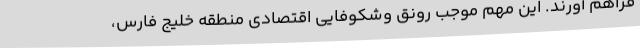
فراهم آورند. این مهم موجب رونق وشکوفایی اقتصادی منطقه خلیج فارس،